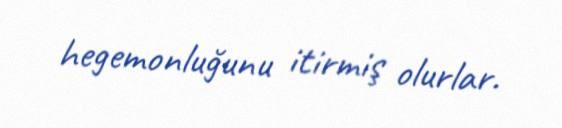
hegemonluğunu itirmiş olurlar.